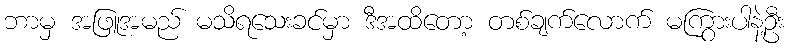
ဘာမှ အဖြူအမည် မသိရသေးခင်မှာ ဒီအထိတော့ တစ်ချက်လောက် မကြွားပါနဲ့ဦး